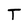
Character: T